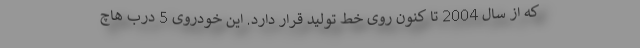
که از سال 2004 تا کنون روی خط تولید قرار دارد. این خودروی 5 درب هاچ